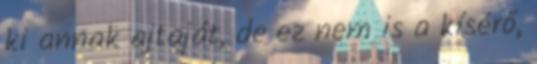
ki annak ajtaját, de ez nem is a kísérő,